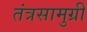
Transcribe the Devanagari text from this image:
तंत्रसामुग्री